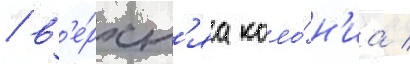
/ в'е́рхн'яа коло́н'иа /